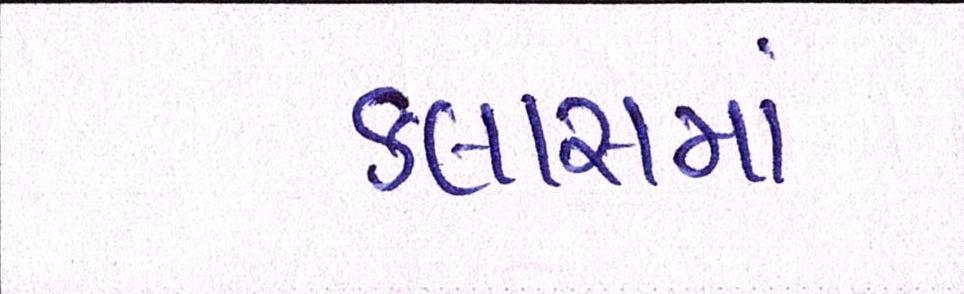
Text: ક્લાસમાં